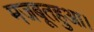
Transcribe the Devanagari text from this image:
मजबूतहुआ।